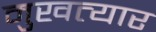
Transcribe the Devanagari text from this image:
मुखत्यार